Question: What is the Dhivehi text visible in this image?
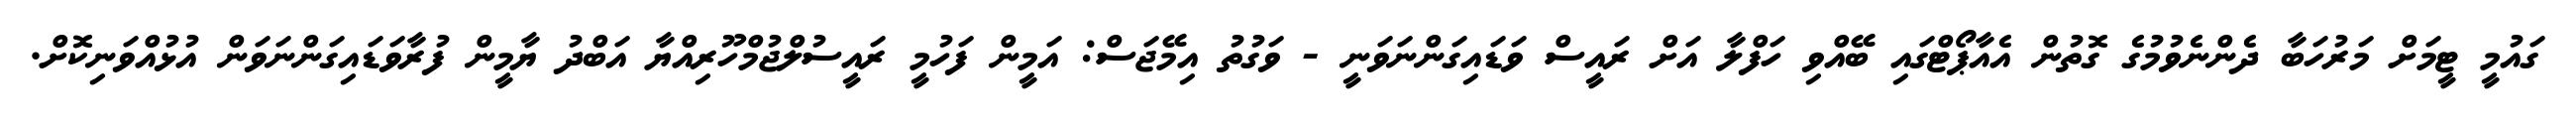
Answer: ގައުމީ ޓީމަށް މަރުހަބާ ދެންނެވުމުގެ ގޮތުން އެއާޕޯޓްގައި ބޭއްވި ހަފްލާ އަށް ރައީސް ވަޑައިގަންނަވަނީ - ވަގުތު އިމޭޖަސް: އަމީން ފަހުމީ ރައީސުލްޖުމްހޫރިއްޔާ އަބްދު ޔާމީން ފުރާވަޑައިގަންނަވަން އުޅުއްވަނިކޮށް.